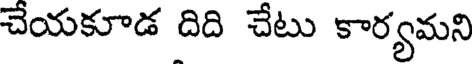
చేయకూడ దిది చేటు కార్యమని